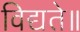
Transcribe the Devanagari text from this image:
विद्यते॥